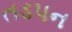
તડપન